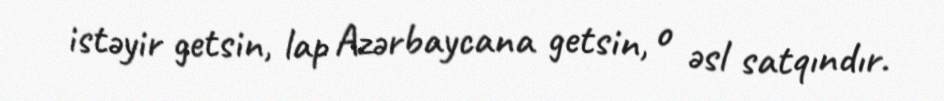
istəyir getsin, lap Azərbaycana getsin, o əsl satqındır.